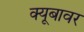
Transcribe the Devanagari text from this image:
क्यूबावर